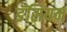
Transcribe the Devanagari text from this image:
डॅसियन